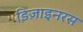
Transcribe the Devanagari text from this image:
डिज़ाइनरस